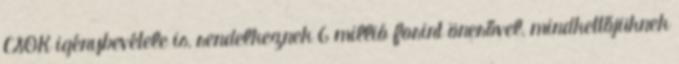
CSOK igénybevétele is, rendelkeznek 6 millió forint önerővel, mindkettőjüknek